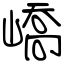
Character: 嶠